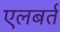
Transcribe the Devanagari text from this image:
एलबर्त